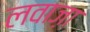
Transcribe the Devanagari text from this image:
लवाज़ा